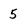
Character: 5